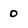
Character: 0